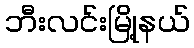
ဘီးလင်းမြို့နယ်